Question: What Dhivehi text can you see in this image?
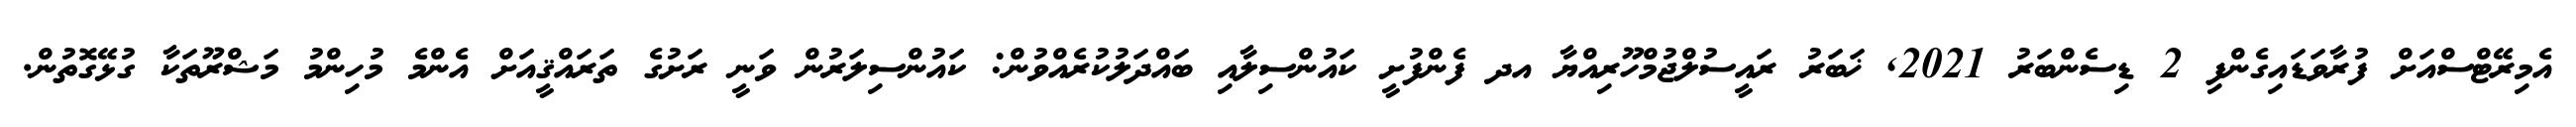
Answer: އެމިރޭޓްސްއަށް ފުރާވަޑައިގެންފި 2 ޑިސެންބަރު 2021, ޚަބަރު ރައީސުލްޖުމްހޫރިއްޔާ އދ ފެންފުށީ ކައުންސިލާއި ބައްދަލުކުރެއްވުން: ކައުންސިލަރުން ވަނީ ރަށުގެ ތަރައްޤީއަށް އެންމެ މުހިންމު މަޝްރޫތަކާ ގުޅޭގޮތުން.